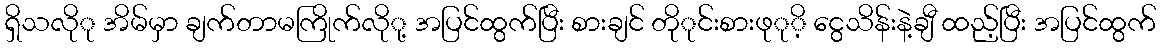
ရှိသလိုု အိမ်မှာ ချက်တာမကြိုက်လိုု့ အပြင်ထွက်ပြီး စားချင် တိုုင်းစားဖုုိ့ ငွေသိန်းနဲ့ချီ ထည့်ပြီး အပြင်ထွက်